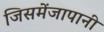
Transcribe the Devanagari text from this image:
जिसमेंजापानी